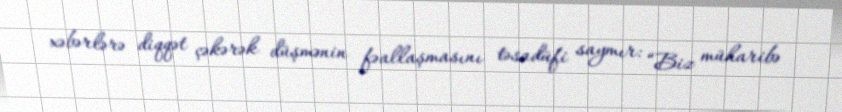
xəbərlərə diqqət çəkərək düşmənin fəallaşmasını təsadüfi saymır: “Biz müharibə